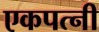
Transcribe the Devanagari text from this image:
एकपत्‍नी